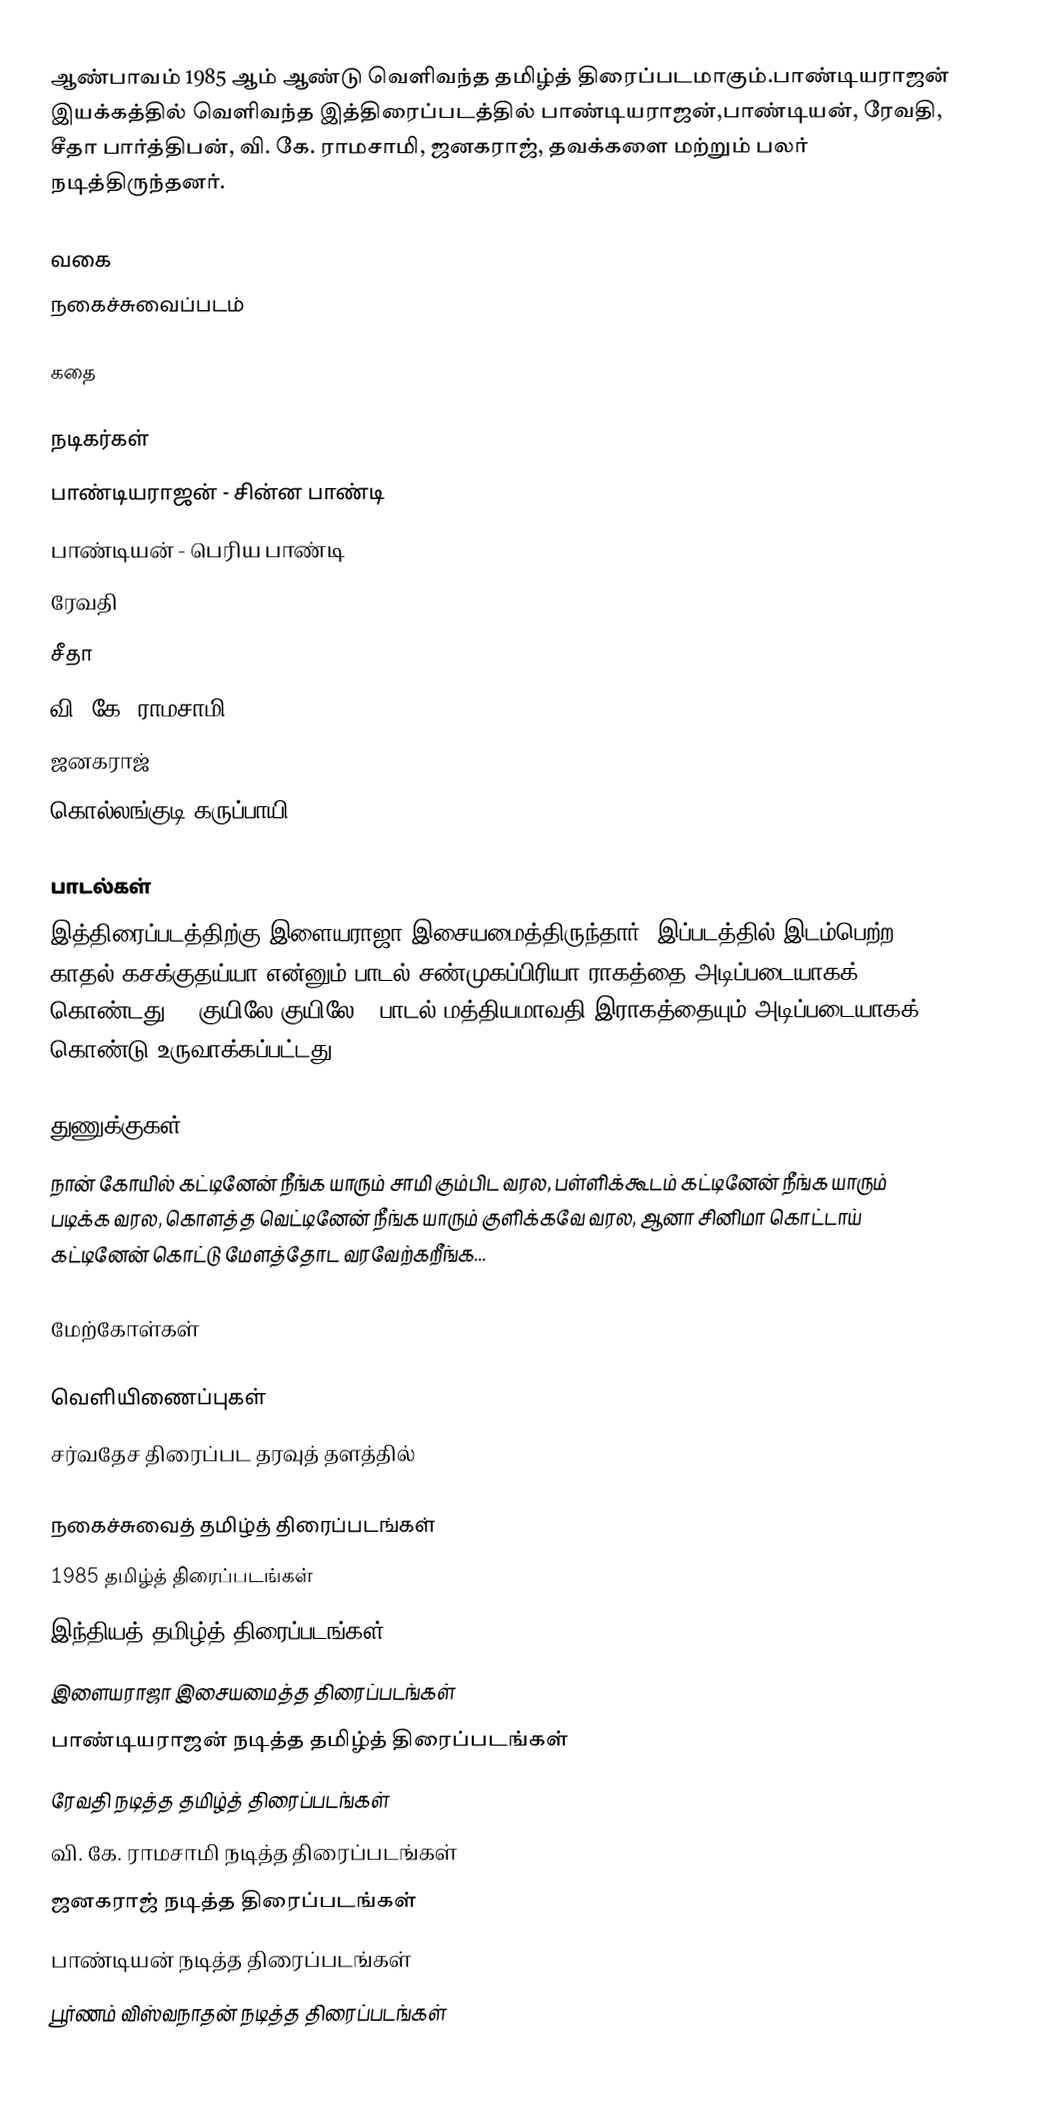
ஆண்பாவம் 1985 ஆம் ஆண்டு வெளிவந்த தமிழ்த் திரைப்படமாகும்.பாண்டியராஜன் இயக்கத்தில் வெளிவந்த இத்திரைப்படத்தில் பாண்டியராஜன்,பாண்டியன், ரேவதி, சீதா பார்த்திபன், வி. கே. ராமசாமி, ஜனகராஜ், தவக்களை மற்றும் பலர் நடித்திருந்தனர்.

வகை
நகைச்சுவைப்படம்

கதை

நடிகர்கள்
 பாண்டியராஜன் - சின்ன பாண்டி
 பாண்டியன் - பெரிய பாண்டி
 ரேவதி
 சீதா
 வி. கே. ராமசாமி
 ஜனகராஜ்
 கொல்லங்குடி கருப்பாயி

பாடல்கள்
இத்திரைப்படத்திற்கு இளையராஜா இசையமைத்திருந்தார். இப்படத்தில் இடம்பெற்ற காதல் கசக்குதய்யா என்னும் பாடல் சண்முகப்பிரியா ராகத்தை அடிப்படையாகக் கொண்டது. . குயிலே குயிலே'' பாடல் மத்தியமாவதி இராகத்தையும் அடிப்படையாகக் கொண்டு உருவாக்கப்பட்டது.

துணுக்குகள்
நான் கோயில் கட்டினேன் நீங்க யாரும் சாமி கும்பிட வரல, பள்ளிக்கூடம் கட்டினேன் நீங்க யாரும் படிக்க வரல, கொளத்த வெட்டினேன் நீங்க யாரும் குளிக்கவே வரல, ஆனா சினிமா கொட்டாய் கட்டினேன் கொட்டு மேளத்தோட வரவேற்கறீங்க...

மேற்கோள்கள்

வெளியிணைப்புகள்
சர்வதேச திரைப்பட தரவுத் தளத்தில்

நகைச்சுவைத் தமிழ்த் திரைப்படங்கள்
1985 தமிழ்த் திரைப்படங்கள்
இந்தியத் தமிழ்த் திரைப்படங்கள்
இளையராஜா இசையமைத்த திரைப்படங்கள்
பாண்டியராஜன் நடித்த தமிழ்த் திரைப்படங்கள்
ரேவதி நடித்த தமிழ்த் திரைப்படங்கள்
வி. கே. ராமசாமி நடித்த திரைப்படங்கள்
ஜனகராஜ் நடித்த திரைப்படங்கள்
பாண்டியன் நடித்த திரைப்படங்கள்
பூர்ணம் விஸ்வநாதன் நடித்த திரைப்படங்கள்